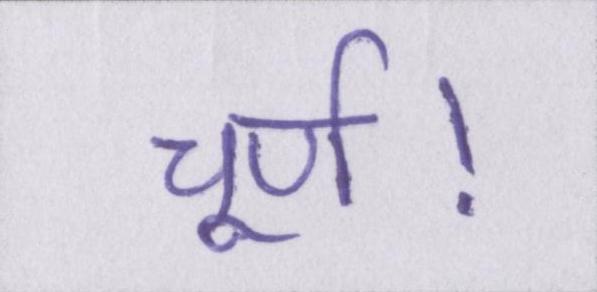
चूर्ण।